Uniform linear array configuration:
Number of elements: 24
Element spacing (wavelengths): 0.75
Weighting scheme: hamming
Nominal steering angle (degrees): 0
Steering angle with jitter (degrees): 1.958
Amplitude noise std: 0.05
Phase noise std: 0.05

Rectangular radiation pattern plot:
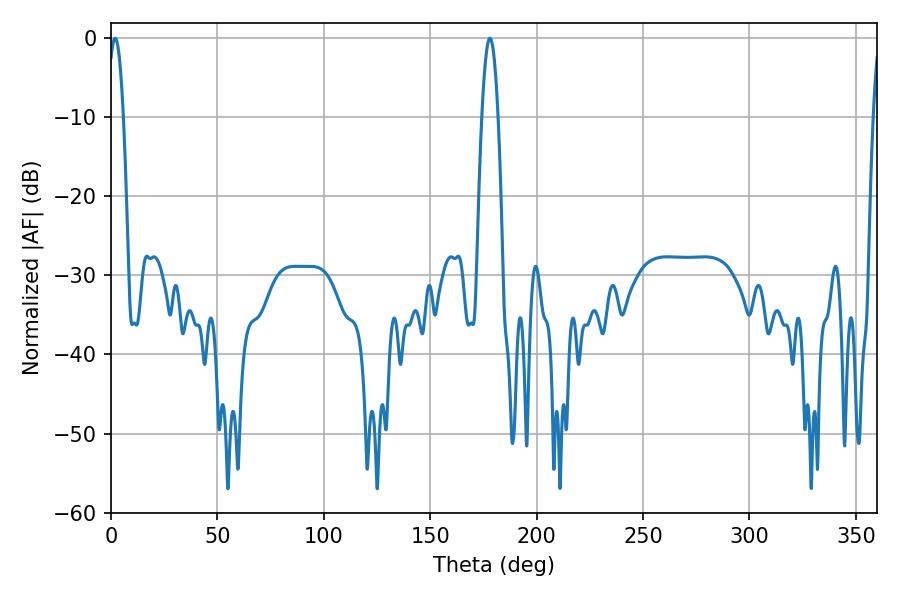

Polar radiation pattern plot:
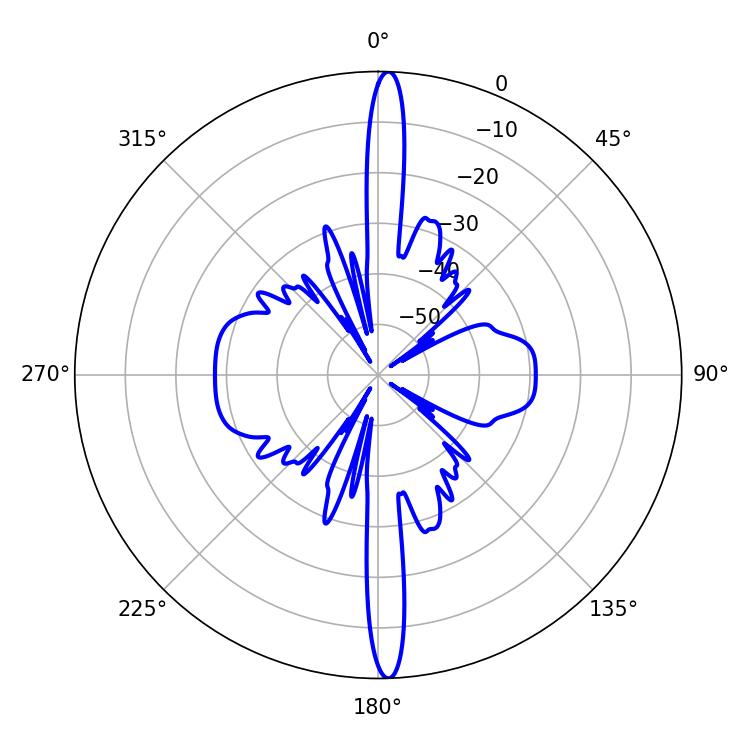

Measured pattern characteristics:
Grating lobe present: TRUE
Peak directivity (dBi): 26.151
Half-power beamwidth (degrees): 3.96
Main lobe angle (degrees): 1.98